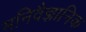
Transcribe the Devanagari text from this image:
मनिवैज्ञानिक